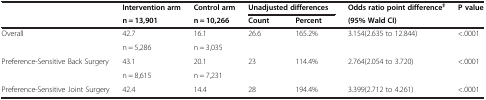
<table><thead><tr><td><b> </b></td><td><b>Intervention arm</b></td><td><b>Control arm</b></td><td colspan="2"><b>Unadjusted differences</b></td><td><b>Odds ratio point difference<sup>‡</sup></b></td><td><b>P value</b></td></tr><tr><td><b> </b></td><td><b>n = 13,901</b></td><td><b>n = 10,266</b></td><td><b>Count</b></td><td><b>Percent</b></td><td><b>(95% Wald CI)</b></td><td><b> </b></td></tr></thead><tbody><tr><td>Overall</td><td>42.7</td><td>16.1</td><td>26.6</td><td>165.2%</td><td>3.154(2.635 to 12.844)</td><td>&lt;.0001</td></tr><tr><td> </td><td>n = 5,286</td><td>n = 3,035</td><td> </td><td> </td><td> </td><td> </td></tr><tr><td>Preference-Sensitive Back Surgery</td><td>43.1</td><td>20.1</td><td>23</td><td>114.4%</td><td>2.764(2.054 to 3.720)</td><td>&lt;.0001</td></tr><tr><td> </td><td>n = 8,615</td><td>n = 7,231</td><td> </td><td> </td><td> </td><td> </td></tr><tr><td>Preference-Sensitive Joint Surgery</td><td>42.4</td><td>14.4</td><td>28</td><td>194.4%</td><td>3.399(2.712 to 4.261)</td><td>&lt;.0001</td></tr></tbody></table>